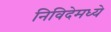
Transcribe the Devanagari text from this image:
निविदेमध्ये